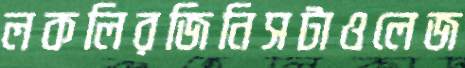
লকলিরজিনিসটাওলেজ